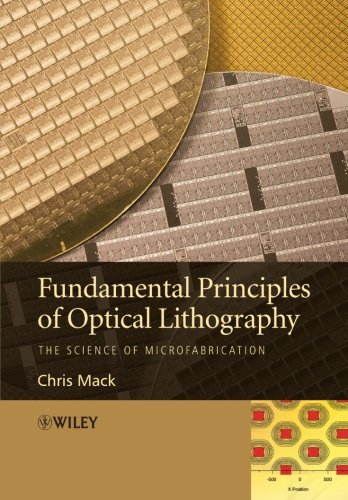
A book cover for Fundamental Principles of Optical Lithography: The Science of Microfabrication; Chris Mack; Arts & Photography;